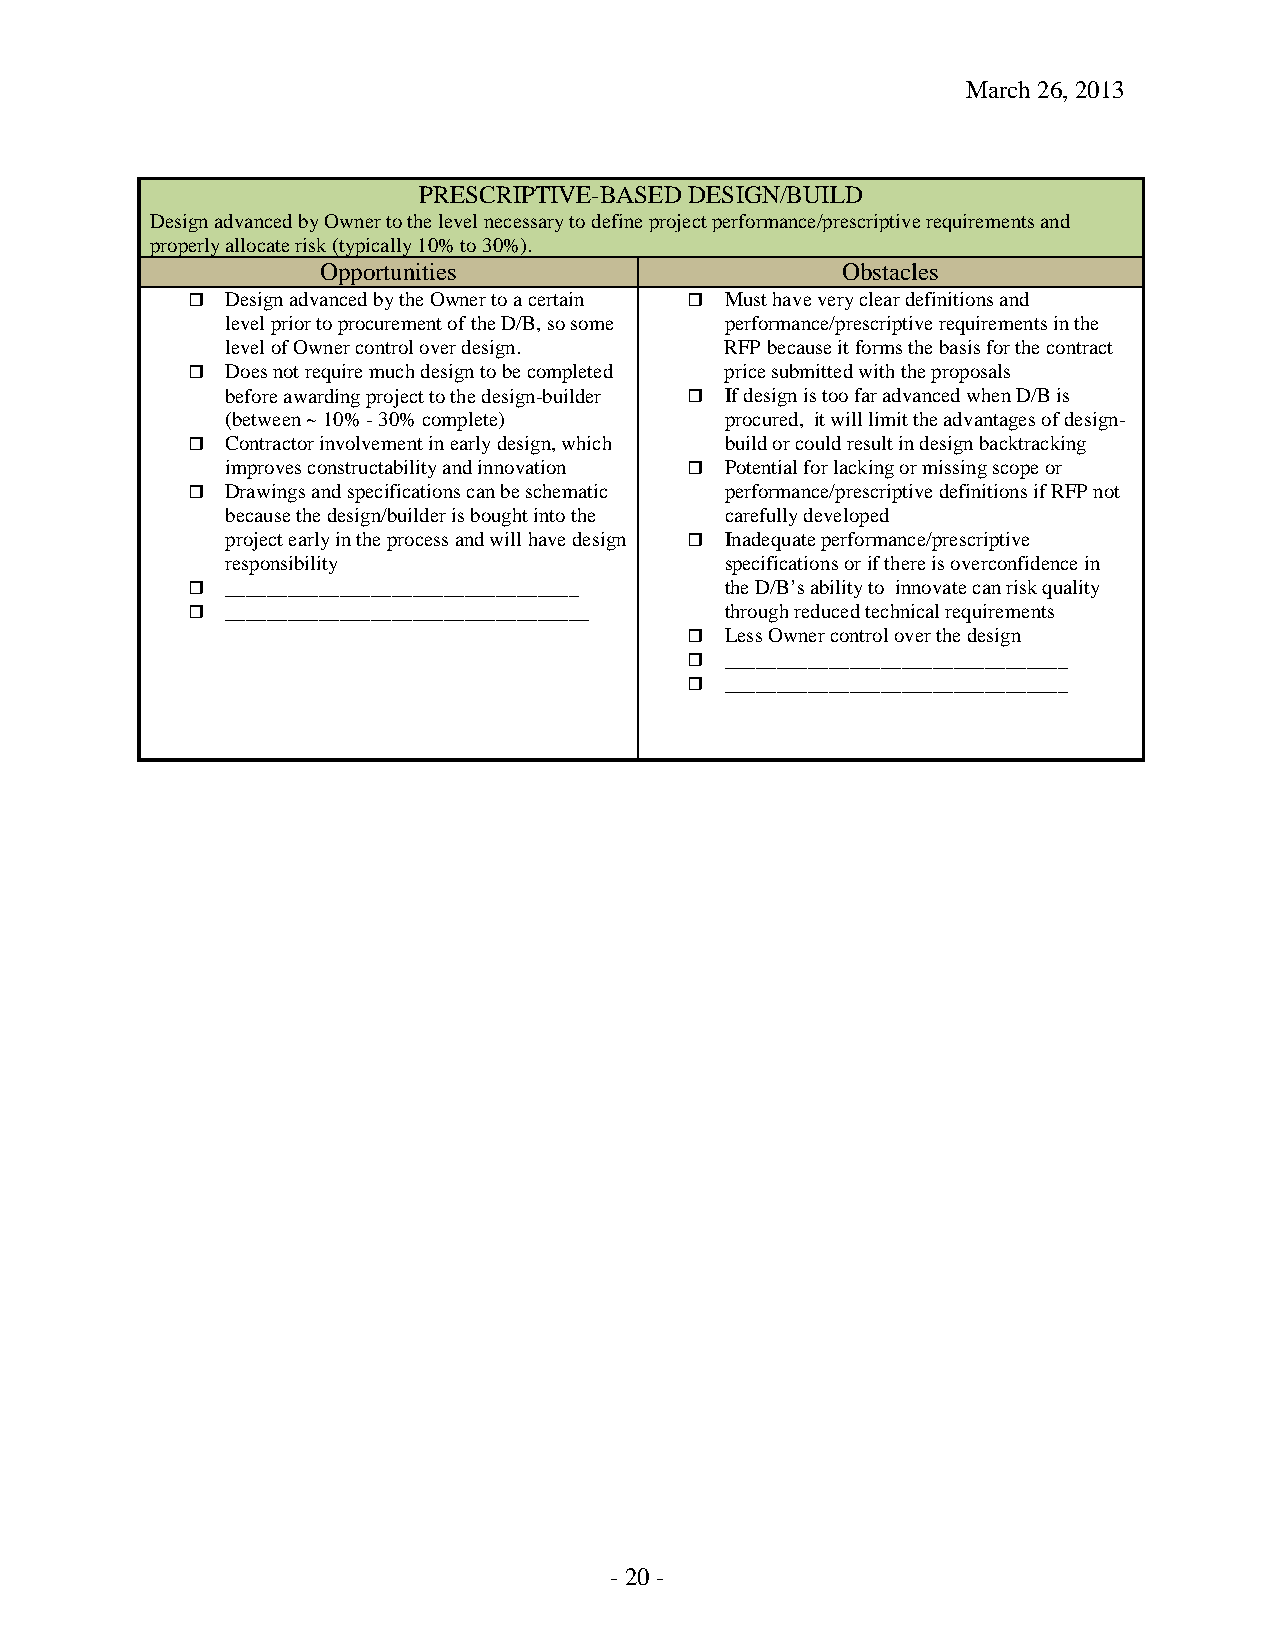
March 26, 2013
 PRESCRIPTIVE-BASED DESIGN/BUILD
 Design advanced by Owner to the level necessary to define project performance/prescriptive requirements and
 properly allocate risk (typically 10% to 30%).
 Opportunities                      Obstacles
   Design advanced by the Owner to a certain  Must have very clear definitions and
 level prior to procurement of the D/B, so some performance/prescriptive requirements in the
 level of Owner control over design. RFP because it forms the basis for the contract
   Does not require much design to be completed price submitted with the proposals
 before awarding project to the design-builder  If design is too far advanced when D/B is
 (between ~ 10% - 30% complete)   procured, it will limit the advantages of design-
   Contractor involvement in early design, which build or could result in design backtracking
 improves constructability and innovation  Potential for lacking or missing scope or
   Drawings and specifications can be schematic performance/prescriptive definitions if RFP not
 because the design/builder is bought into the carefully developed
 project early in the process and will have design  Inadequate performance/prescriptive
 responsibility                   specifications or if there is overconfidence in
   __________________________________ the D/B’s ability to innovate can risk quality
   ___________________________________ through reduced technical requirements
   Less Owner control over the design
   _________________________________
   _________________________________
 - 20 -